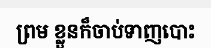
ព្រម ខ្លួនក៏ចាប់ទាញបោះ